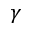
\gamma